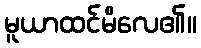
မူယာထင်မိလေ၏။